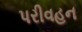
પરીવહન